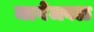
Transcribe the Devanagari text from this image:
जागेजवळ